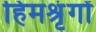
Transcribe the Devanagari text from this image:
हिमश्रृंगों